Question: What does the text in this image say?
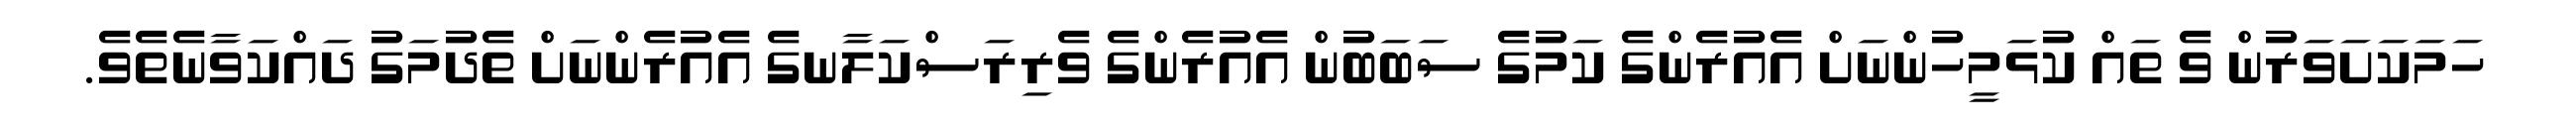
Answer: ހަމަކަށަވަރުން ވެ ތައް ކުޅަމީހުންނަށް އެއުރެންގެ ކަމުގެ ސަބަބުން އެއުރެންގެ ވެރިރަސްކަލާނގެ އެއުރެންނަށް ތެދުމަގު ދައްކަވާނެތެވެ.